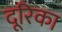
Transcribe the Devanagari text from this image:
दूरिका